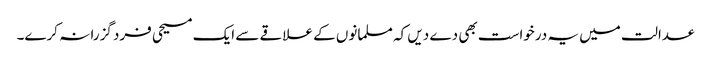
عدالت میں یہ درخواست بھی دے دیں کہ مسلمانوں کے علاقے سے ایک مسیحی فرد گزرا نہ کرے۔